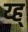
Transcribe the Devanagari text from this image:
य्ह्